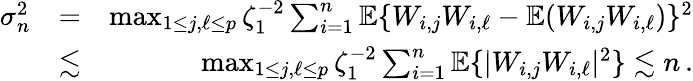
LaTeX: \begin{array}{rlr}{\sigma_{n}^{2}}&{=}&{\operatorname*{max}_{1\leq j,\ell\leq p}\zeta_{1}^{-2}\sum_{i=1}^{n}{\mathbb{E}}\{ W_{i,j}W_{i,\ell}-{\mathbb{E}}(W_{i,j}W_{i,\ell})\} ^{2}}\\ &{\lesssim}&{\operatorname*{max}_{1\leq j,\ell\leq p}\zeta_{1}^{-2}\sum_{i=1}^{n}{\mathbb{E}}\{ |W_{i,j}W_{i,\ell}|^{2}\} \lesssim n\, .}\end{array}